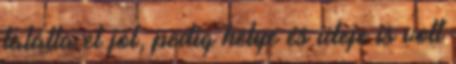
találta el jól, pedig helye és ideje is volt